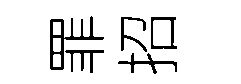
罪招